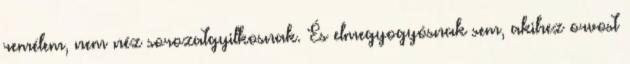
remélem, nem néz sorozatgyilkosnak. És elmegyogyósnak sem, akihez orvost